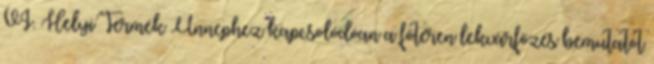
VI. Helyi Termék Ünnephez kapcsolódóan a főtéren lekvárfőzés bemutatót